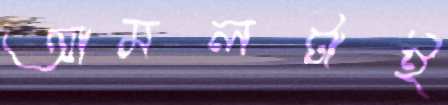
আমলটাই